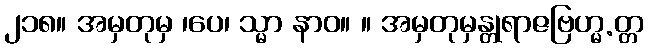
၂၁၈။ အမှတုမှ ၊ပေ၊ သ္မာ နာဝ။ ။ အမှတုမှန္တုရာဇဗြဟ္မ.တ္တ